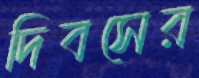
দিবসের